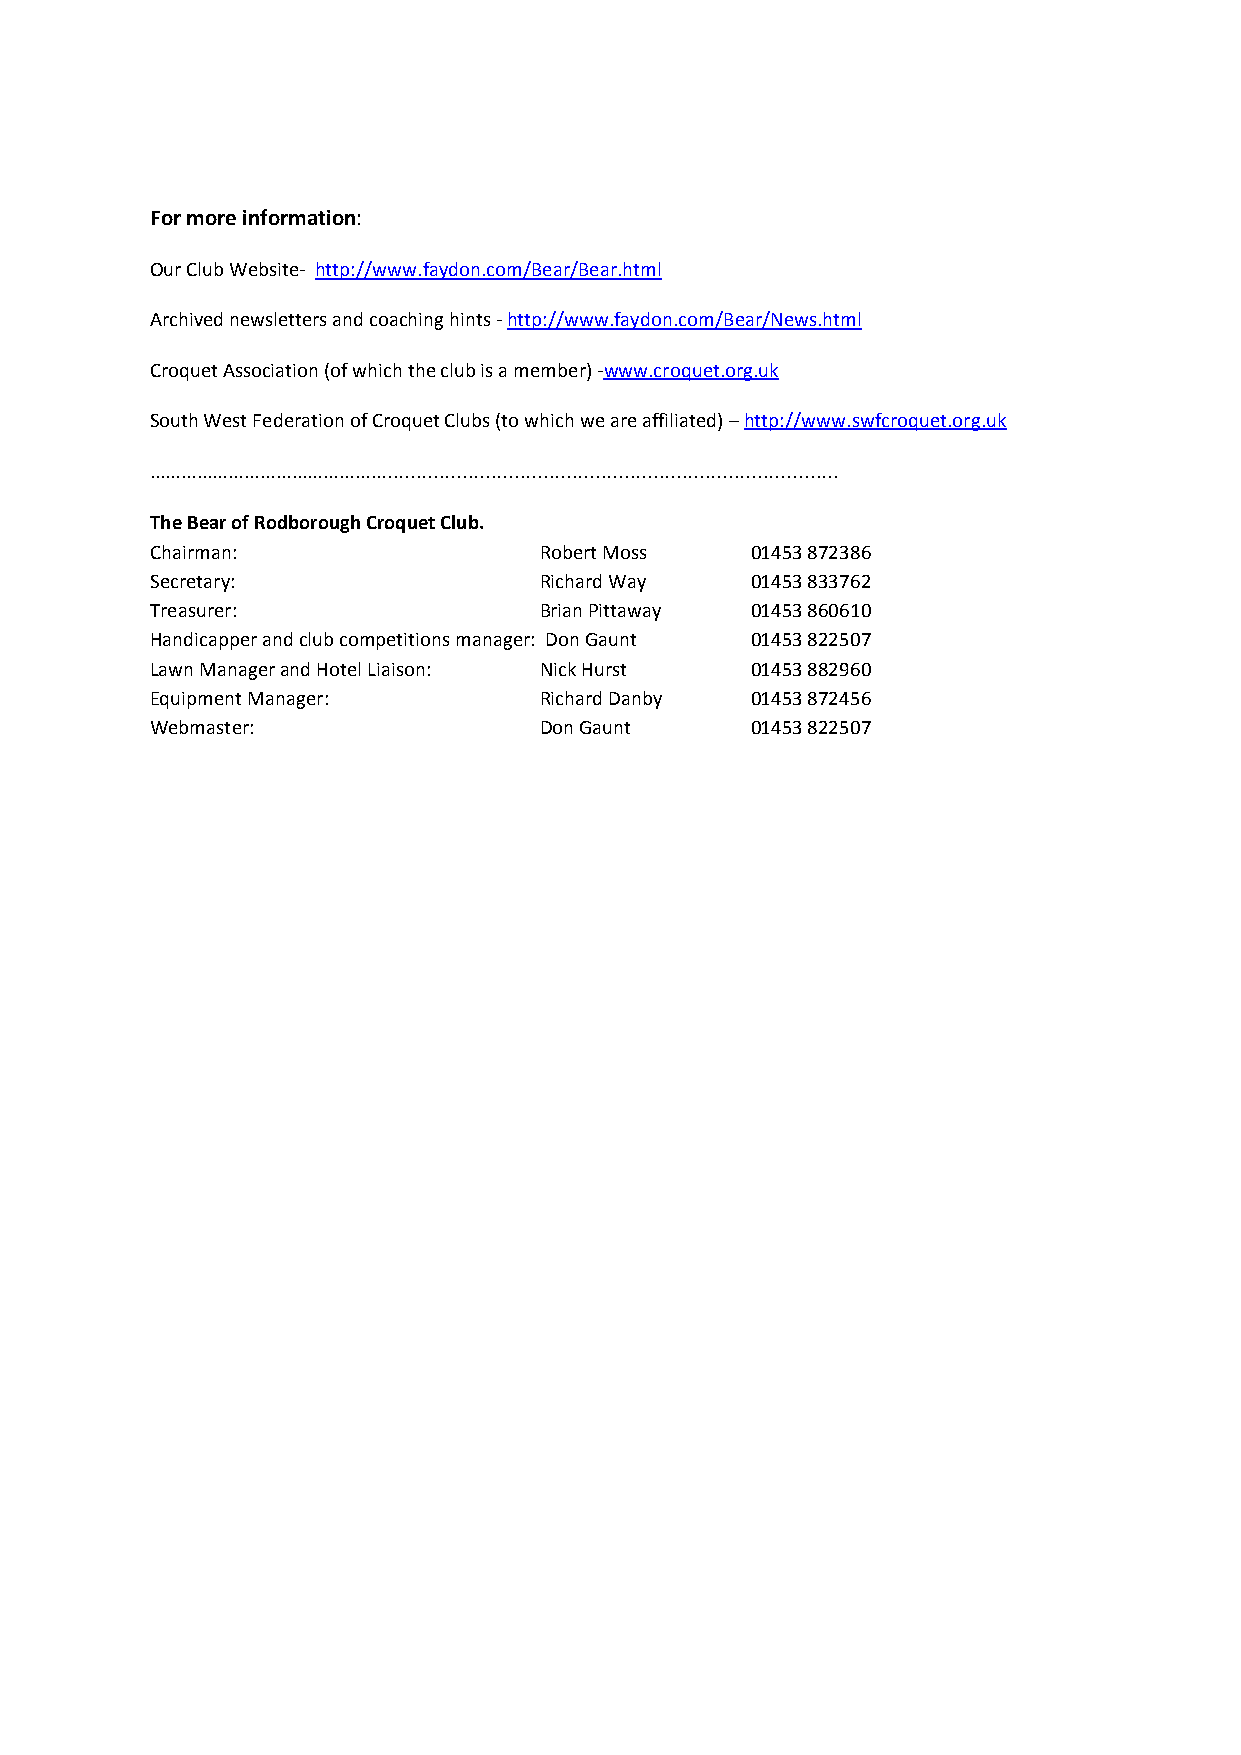
For more information:
 Our Club Website- http://www.faydon.com/Bear/Bear.html
 Archived newsletters and coaching hints - http://www.faydon.com/Bear/News.html
 Croquet Association (of which the club is a member) -www.croquet.org.uk
 South West Federation of Croquet Clubs (to which we are affiliated) – http://www.swfcroquet.org.uk
 ………………………………………..............................................................................
 The Bear of Rodborough Croquet Club.
 Chairman:                 Robert Moss   01453 872386
 Secretary:                Richard Way   01453 833762
 Treasurer:                Brian Pittaway 01453 860610
 Handicapper and club competitions manager: Don Gaunt 01453 822507
 Lawn Manager and Hotel Liaison: Nick Hurst 01453 882960
 Equipment Manager:        Richard Danby 01453 872456
 Webmaster:                Don Gaunt     01453 822507